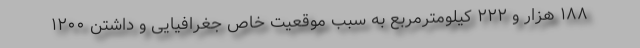
۱۸۸ هزار و ۲۲۲ کیلومترمربع به سبب موقعیت خاص جغرافیایی و داشتن ۱۲۰۰